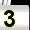
Digit: 3